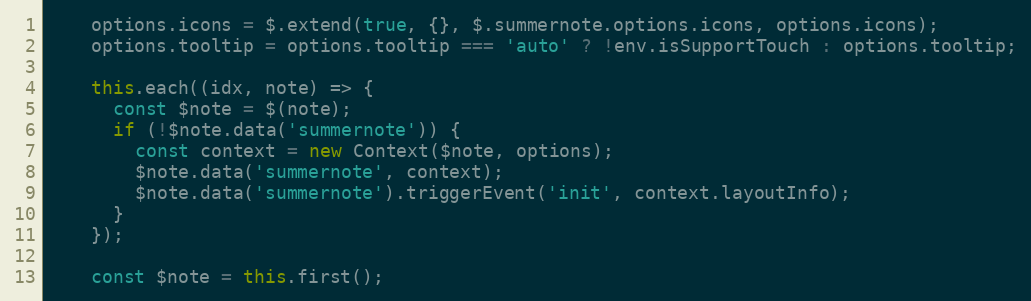
Language: JavaScript
    options.icons = $.extend(true, {}, $.summernote.options.icons, options.icons);
    options.tooltip = options.tooltip === 'auto' ? !env.isSupportTouch : options.tooltip;

    this.each((idx, note) => {
      const $note = $(note);
      if (!$note.data('summernote')) {
        const context = new Context($note, options);
        $note.data('summernote', context);
        $note.data('summernote').triggerEvent('init', context.layoutInfo);
      }
    });

    const $note = this.first();